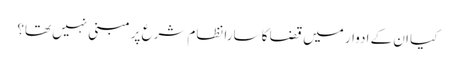
کیا ان کے ادوار میں قضا کا سارا نظام شرع پر مبنی نہیں تھا؟